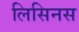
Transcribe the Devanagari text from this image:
लिसिनस